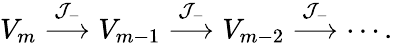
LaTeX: V_{m}\stackrel{\mathcal{J}_{-}}{\longrightarrow}V_{m-1}\stackrel{\mathcal{J}_{-}}{\longrightarrow}V_{m-2}\stackrel{\mathcal{J}_{-}}{\longrightarrow}\cdots.